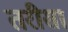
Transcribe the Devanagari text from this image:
तरीसा